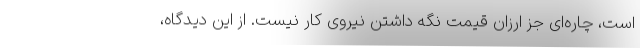
است، چاره‌ای جز ارزان قیمت نگه داشتن نیروی کار نیست. از این دیدگاه،